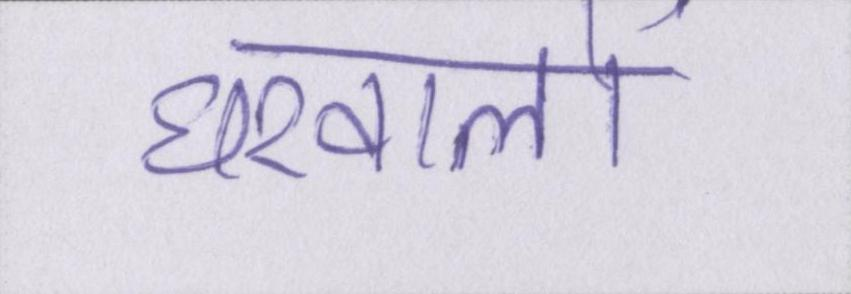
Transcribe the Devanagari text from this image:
घरवालों